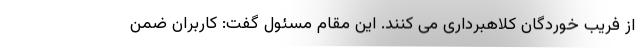
از فریب خوردگان کلاهبرداری می کنند. این مقام مسئول گفت: کاربران ضمن